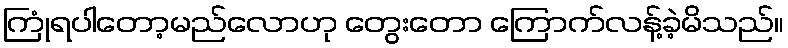
ကြုံရပါတော့မည်လောဟု တွေးတော ကြောက်လန့်ခဲ့မိသည်။